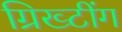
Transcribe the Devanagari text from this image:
ग्रिख्टींग